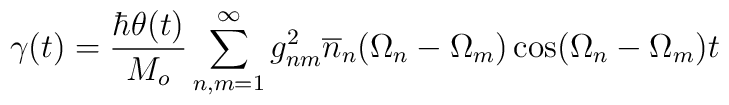
\gamma(t) = \frac{\hbar \theta(t)}{M_o} \sum^\infty_{n,m=1}g^2_{nm} \overline{n}_n(\Omega_n - \Omega_m) \cos(\Omega_n - \Omega_m)t